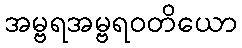
အမ္ဗရအမ္ဗရဝတိယော